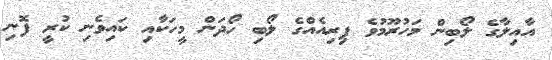
އާއިލާގެ ލޯބިން މަހުރޫމުވެ ފިރިއެއްގެ ލޯބި ހޯދަން މީހަކާއި ކައިވެނި ކުރީ ފޮނި